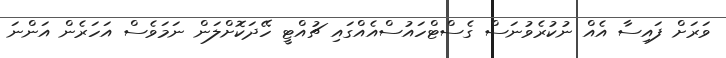
ވަރަށް ފައިސާ އެއް ނުކުރެވުނަސް ގެސްޓްހައުސްއެއްގައި ޗުއްޓީ ހޭދަކޮށްލަން ނަމަވެސް އަހަރެން އަންނަ